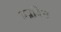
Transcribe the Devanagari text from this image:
प्रद्रवित